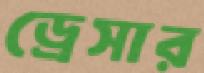
ড্রেসার